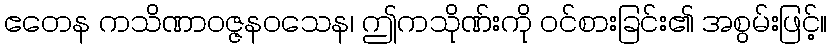
ဧတေန ကသိဏာဝဇ္ဇနဝသေန၊ ဤကသိုဏ်းကို ဝင်စားခြင်း၏ အစွမ်းဖြင့်။